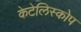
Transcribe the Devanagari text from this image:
केटेलिस्कोप